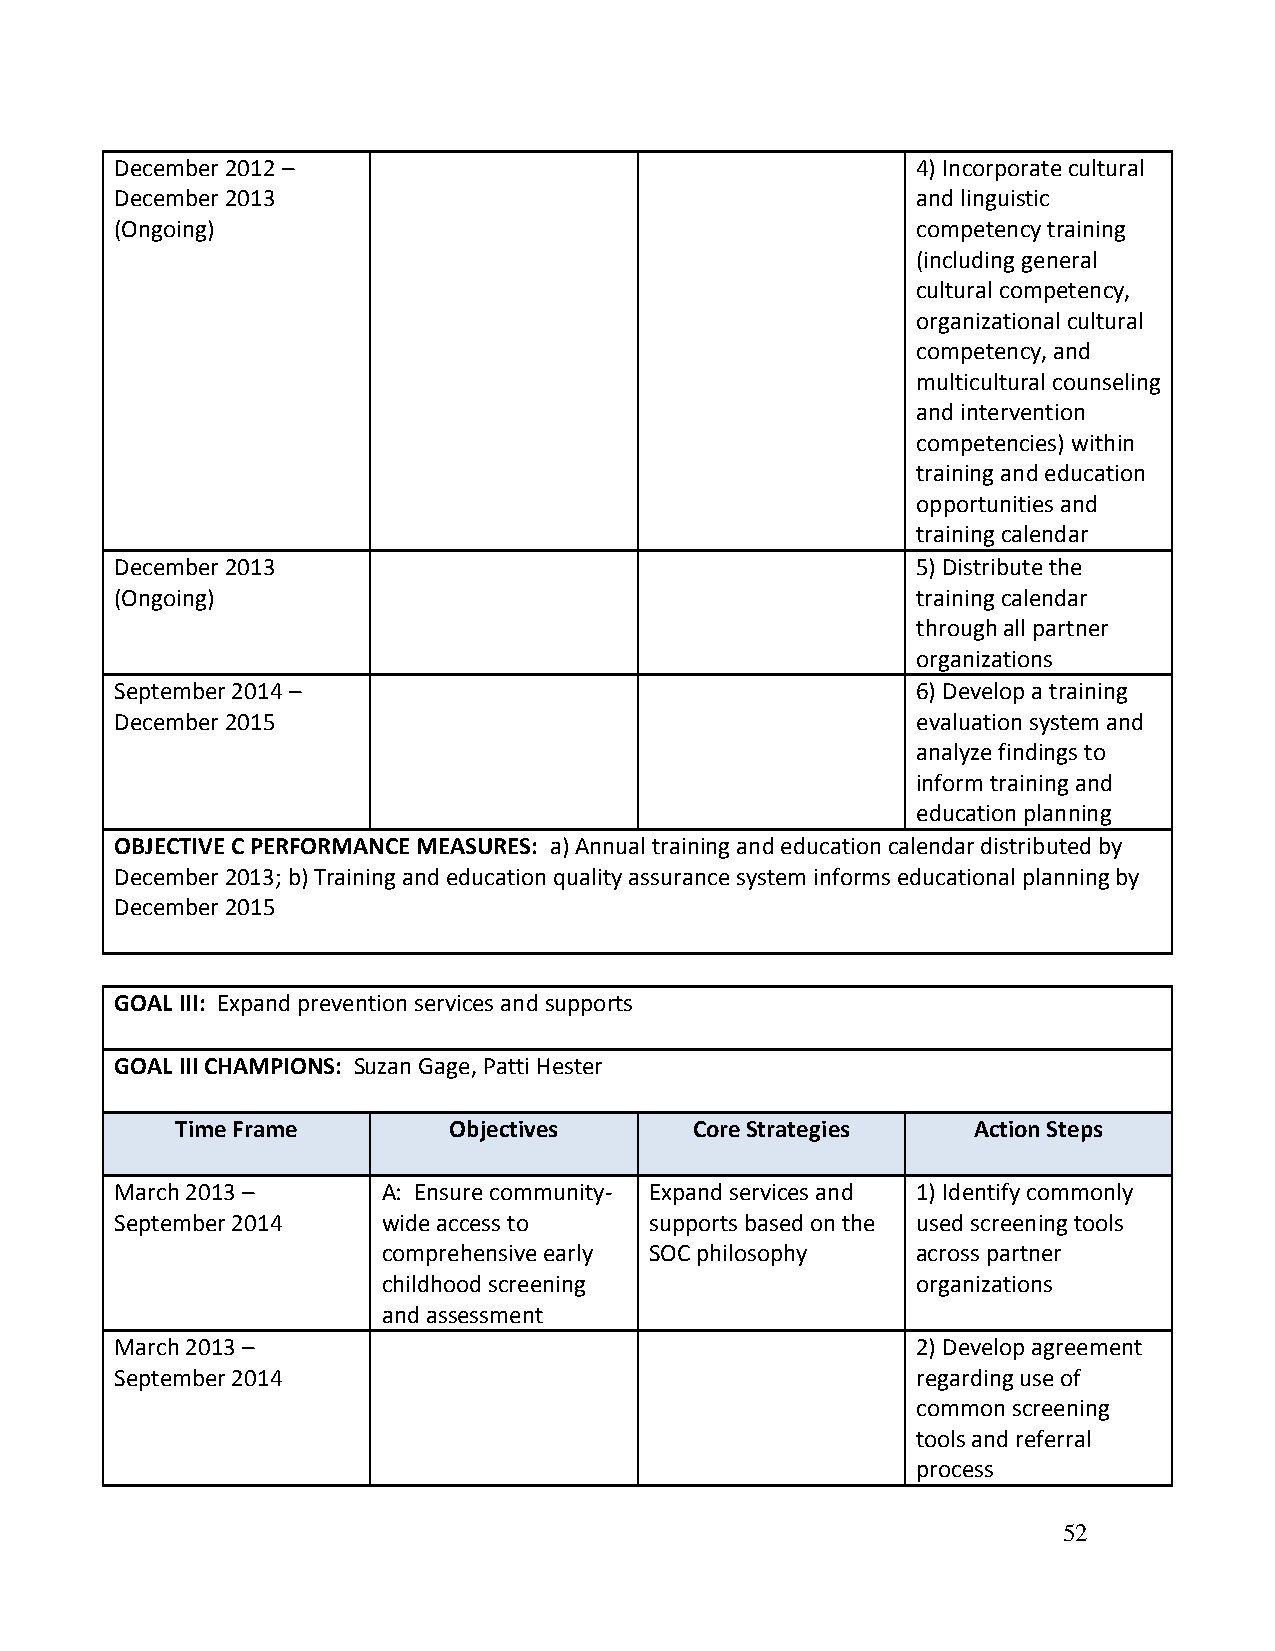
December 2012 –                                      4) Incorporate cultural
 December 2013                                        and linguistic
 (Ongoing)                                            competency training
 (including general
 cultural competency,
 organizational cultural
 competency, and
 multicultural counseling
 and intervention
 competencies) within
 training and education
 opportunities and
 training calendar
 December 2013                                        5) Distribute the
 (Ongoing)                                            training calendar
 through all partner
 organizations
 September 2014 –                                     6) Develop a training
 December 2015                                        evaluation system and
 analyze findings to
 inform training and
 education planning
 OBJECTIVE C PERFORMANCE MEASURES: a) Annual training and education calendar distributed by
 December 2013; b) Training and education quality assurance system informs educational planning by
 December 2015
 GOAL III: Expand prevention services and supports
 GOAL III CHAMPIONS: Suzan Gage, Patti Hester
 Time Frame        Objectives      Core Strategies   Action Steps
 March 2013 –     A: Ensure community- Expand services and 1) Identify commonly
 September 2014   wide access to    supports based on the used screening tools
 comprehensive early SOC philosophy  across partner
 childhood screening                 organizations
 and assessment
 March 2013 –                                         2) Develop agreement
 September 2014                                       regarding use of
 common screening
 tools and referral
 process
 52